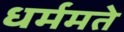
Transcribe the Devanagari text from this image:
धर्ममते